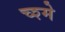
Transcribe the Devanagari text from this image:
च्श्मे